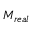
M _ { r e a l }